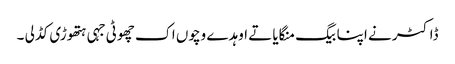
ڈاکٹر نے اپنا بیگ منگایا تے اوہد ے وچوں اک چھوٹی جہی ہتھوڑی کڈ لی ۔